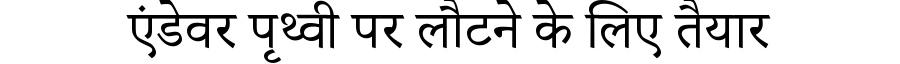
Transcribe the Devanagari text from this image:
एंडेवर पृथ्वी पर लौटने के लिए तैयार